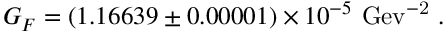
G _ { F } = ( 1 . 1 6 6 3 9 \pm 0 . 0 0 0 0 1 ) \times 1 0 ^ { - 5 } ~ \mathrm { G e v ^ { - 2 } } ~ .